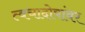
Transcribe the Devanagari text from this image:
त्वचादोषांवर